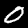
Label: 0